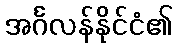
အင်္ဂလန်နိုင်ငံ၏